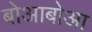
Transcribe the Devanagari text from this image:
बोआबोआ